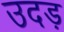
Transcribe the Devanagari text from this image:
उदड़